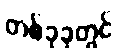
တစ်ခုခုတွင်